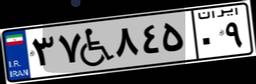
۳۷W۸۴۵۰۹